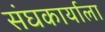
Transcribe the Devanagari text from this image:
संघकार्याला